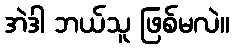
အဲဒါ ဘယ်သူ ဖြစ်မလဲ။